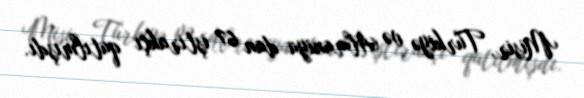
Misir, Türkiyə və Almaniya dan 67 iştirakçı qatılmışdı.